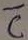
Text: C